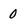
Character: 0